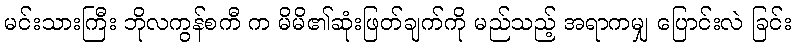
မင်းသားကြီး ဘိုလကွန်စကီ က မိမိ၏ဆုံးဖြတ်ချက်ကို မည်သည့် အရာကမျှ ပြောင်းလဲ ခြင်း